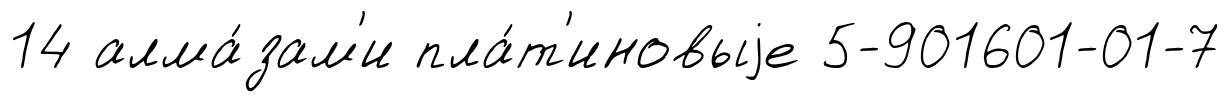
14 алма́зам'и пла́т'иновыjе 5-901601-01-7